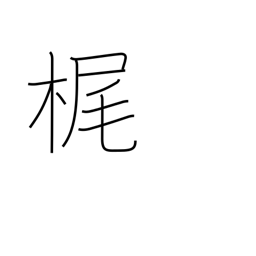
Meaning: sculling oar